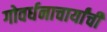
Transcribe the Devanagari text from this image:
गोवर्धनाचार्यांची